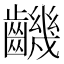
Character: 𪙧